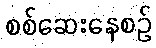
စစ်ဆေးနေစဉ်